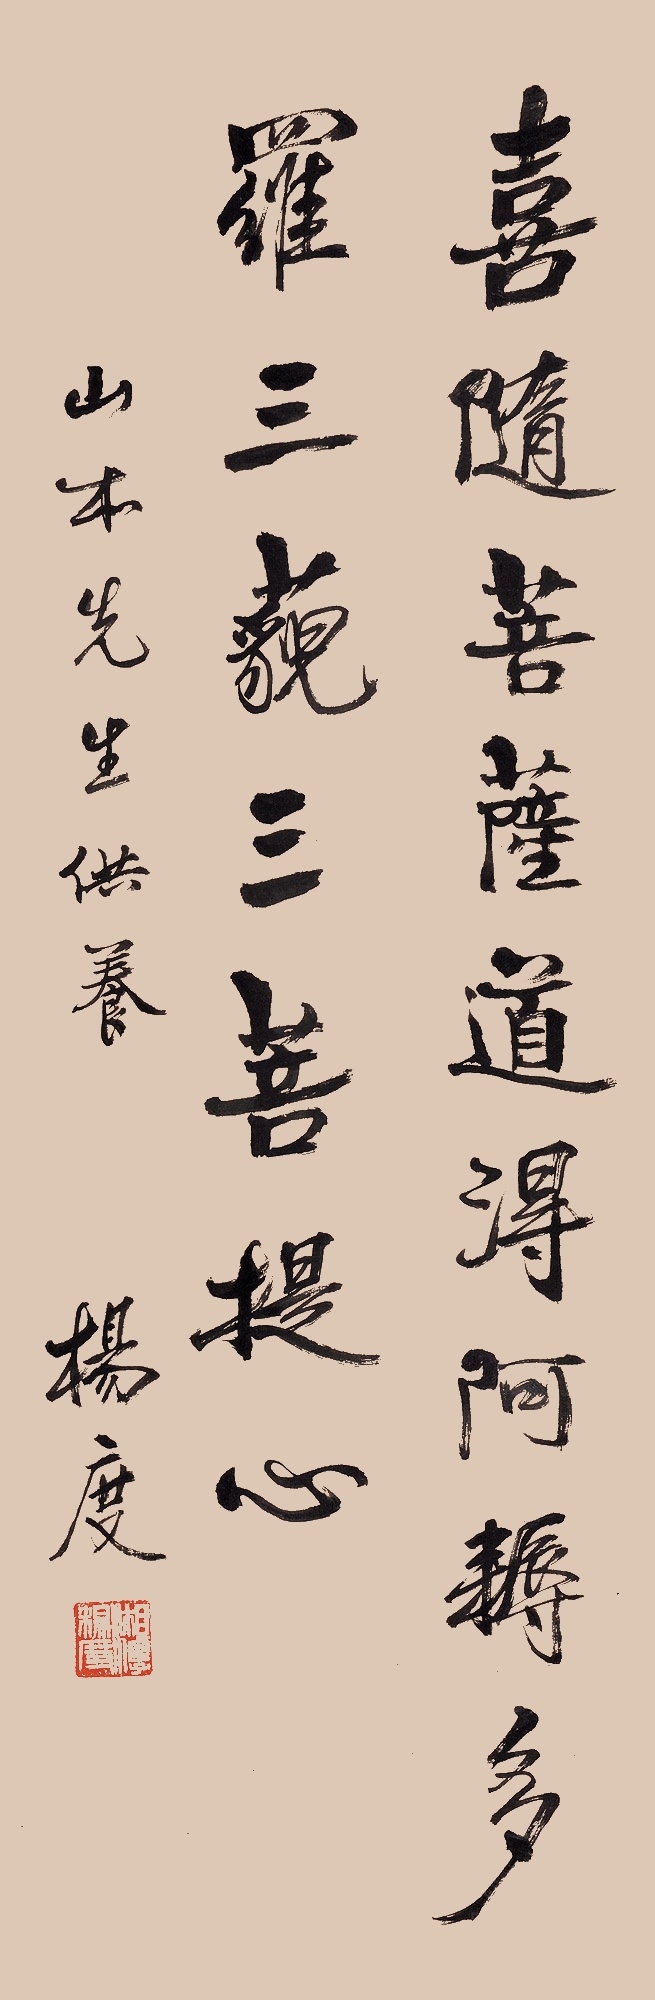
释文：喜随菩萨道得阿耨多罗三藐三菩提心。山本先生供养，杨度。